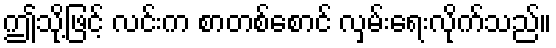
ဤသို့ဖြင့် လင်းက စာတစ်စောင် လှမ်းရေးလိုက်သည်။